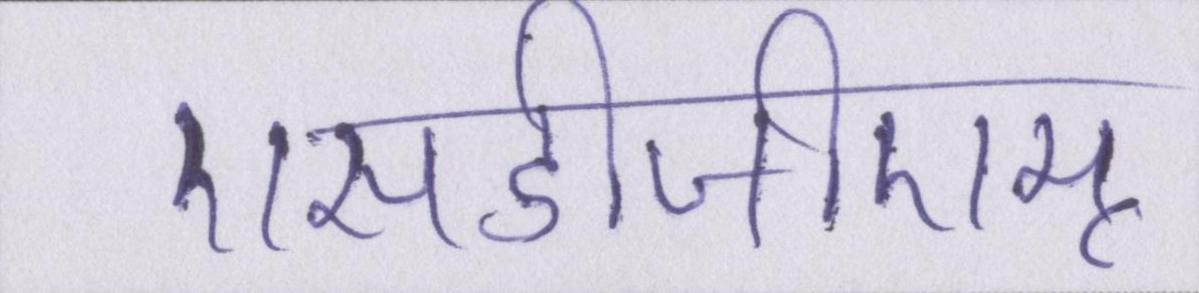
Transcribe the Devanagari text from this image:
एसडीजीएम्